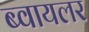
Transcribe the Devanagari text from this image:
ब्वायलर